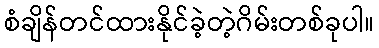
စံချိန်တင်ထားနိုင်ခဲ့တဲ့ဂိမ်းတစ်ခုပါ။